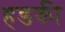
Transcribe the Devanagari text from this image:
हडकी